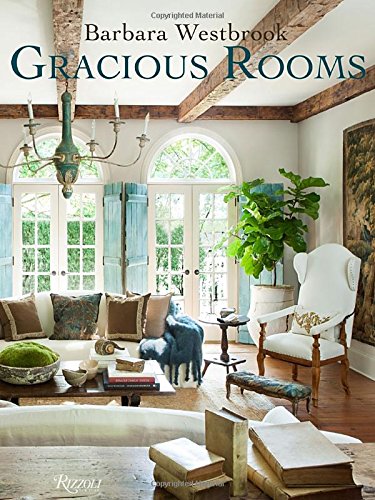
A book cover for Barbara Westbrook: Gracious Rooms; Barbara Westbrook; Crafts, Hobbies & Home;